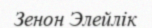
Зенон Элейлік